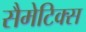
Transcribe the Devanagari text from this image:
सैमेटिक्स